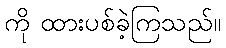
ကို ထားပစ်ခဲ့ကြသည်။